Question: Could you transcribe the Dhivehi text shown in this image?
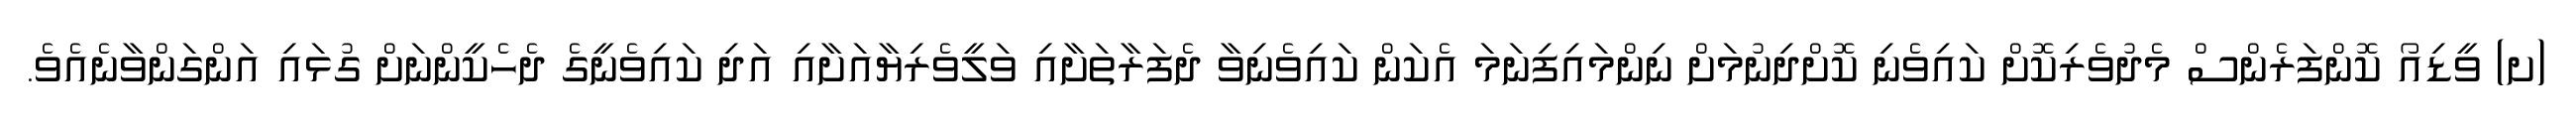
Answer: (ށ) ވީޑިއޯ ކޮންފަރެންސް މެދުވެރިކޮށް ކައިވެނި ކޮށްދިނުމަށް ނިންމައިފިނަމަ އެކަން ކައިވެނިވާ ދެފަރާތަށާއި ވަލީވެރިޔާއަށާއި އަދި ކައިވެނީގެ ދެހެކީންނަށް ގުޅައި އަންގަންވާނެއެވެ.